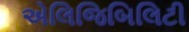
એલિજિબિલિટી